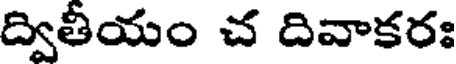
ద్వితీయం చ దివాకరః